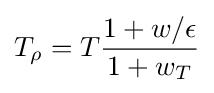
T_{\rho }=T{\frac {1+w/\epsilon }{1+w_{T}}}